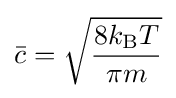
{\bar {c}}={\sqrt {\frac {8k_{\text{B}}T}{\pi m}}}